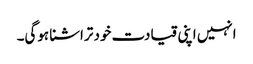
انہیں اپنی قیادت خود تراشنا ہوگی۔